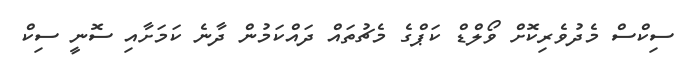
ސިކްސް މެދުވެރިކޮށް ވޯލްޑް ކަޕްގެ މެޗުތައް ދައްކަމުން ދާނެ ކަމަށާއި ސޮނީ ސިކް